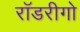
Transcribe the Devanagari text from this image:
रॉडरीगो